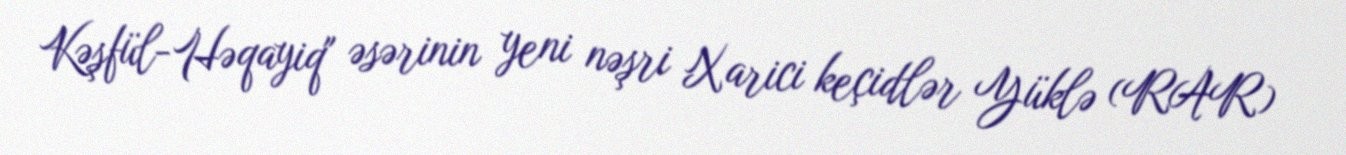
Kəşfül-Həqayiq" əsərinin yeni nəşri Xarici keçidlər Yüklə (RAR)